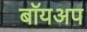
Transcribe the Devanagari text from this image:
बॉयअप